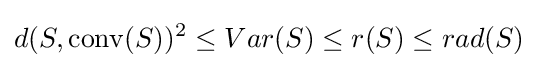
d(S,\operatorname {conv} (S))^{2}\leq Var(S)\leq r(S)\leq rad(S)